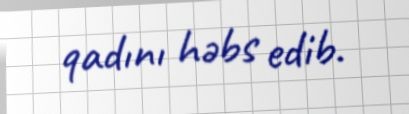
qadını həbs edib.